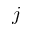
j